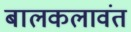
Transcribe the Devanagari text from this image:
बालकलावंत